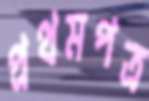
প্রথমপত্র